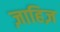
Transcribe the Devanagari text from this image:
ज़ाहिज़